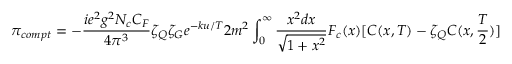
\pi _ { c o m p t } = - { \frac { i e ^ { 2 } g ^ { 2 } N _ { c } C _ { F } } { 4 \pi ^ { 3 } } } \zeta _ { Q } \zeta _ { G } e ^ { - k u / T } 2 m ^ { 2 } \int _ { 0 } ^ { \infty } { \frac { x ^ { 2 } d x } { \sqrt { 1 + x ^ { 2 } } } } { \cal F } _ { c } ( x ) [ C ( x , T ) - \zeta _ { Q } C ( x , { \frac { T } { 2 } } ) ]